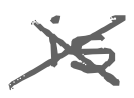
Text: is
Cross-out: cross
Writing tool: digital_gray